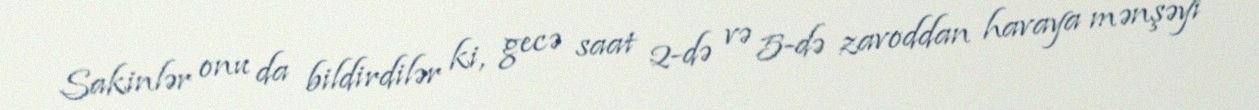
Sakinlər onu da bildirdilər ki, gecə saat 2-də və 5-də zavoddan havaya mənşəyi